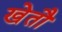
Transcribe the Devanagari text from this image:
खेतौ